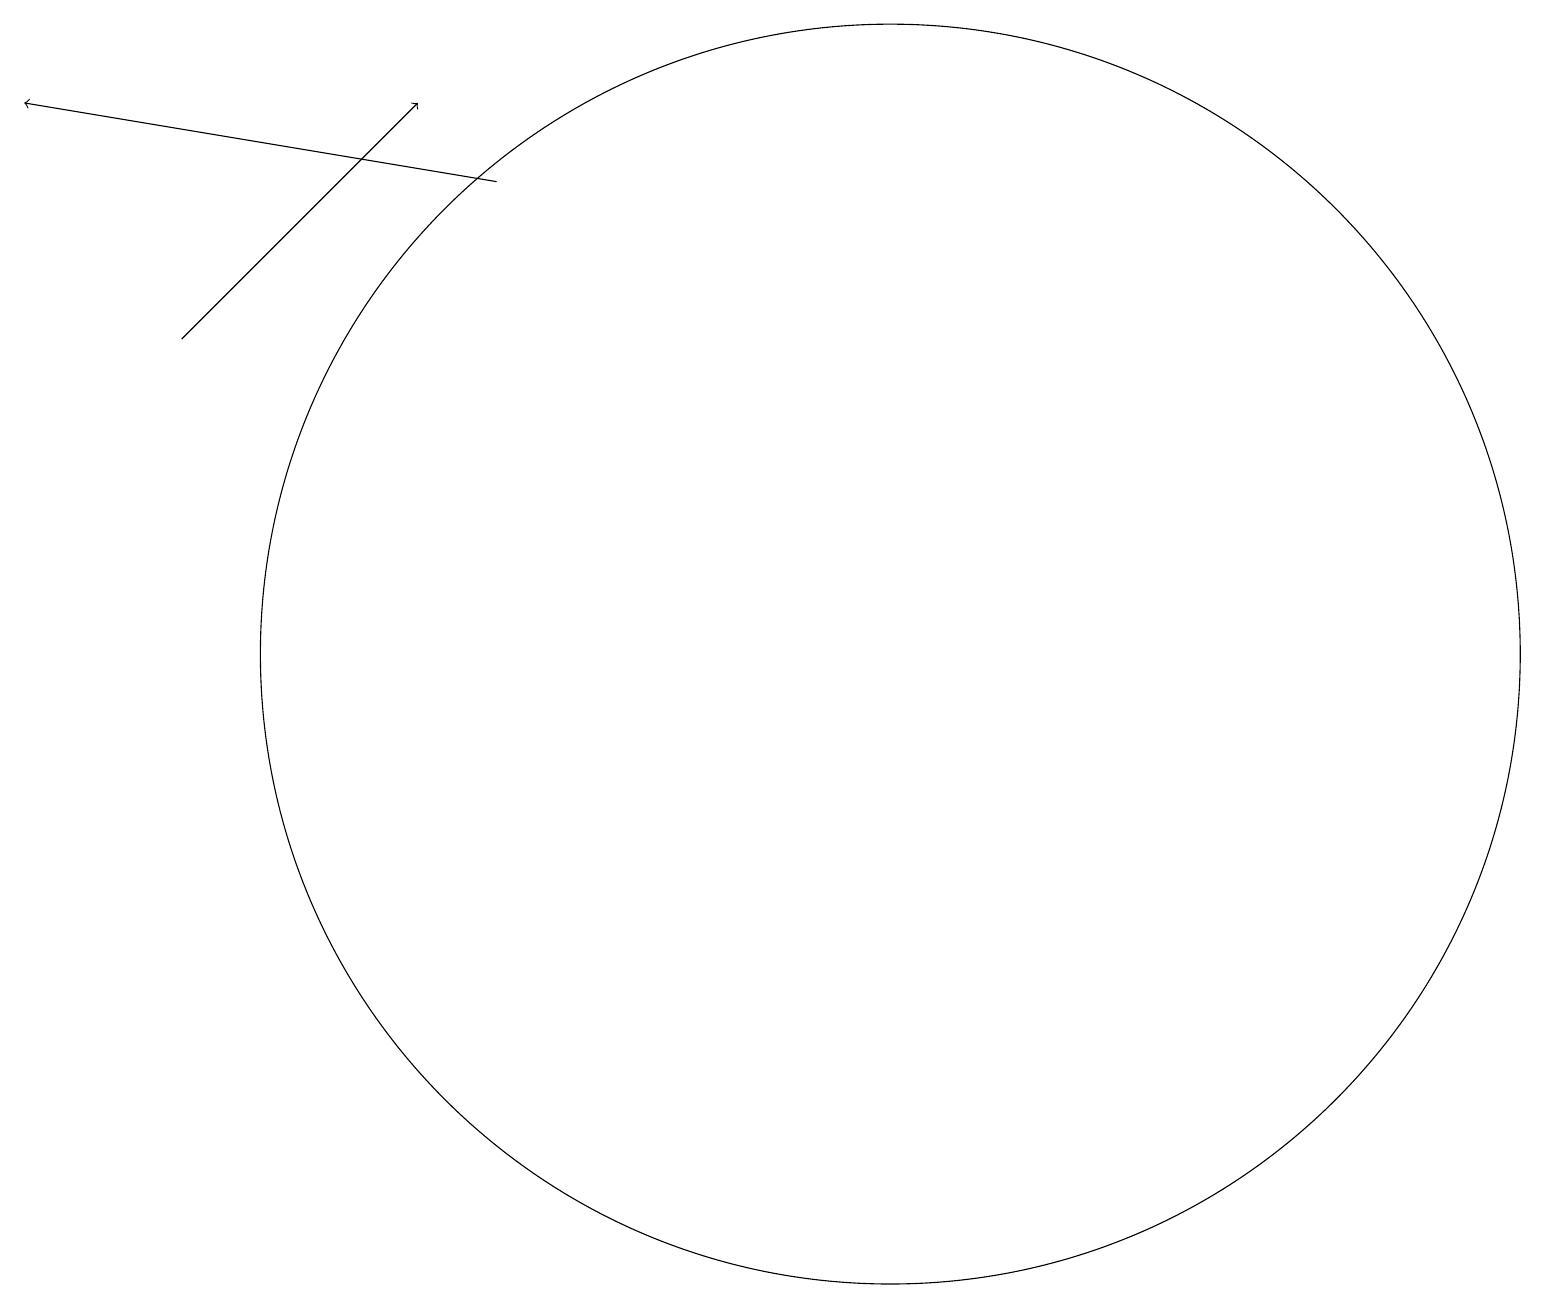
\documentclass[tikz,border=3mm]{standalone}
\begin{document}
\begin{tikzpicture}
\draw[->] (3,16) -- (6,19);
\draw (12,12) circle (8);
\draw[->] (7,18) -- (1,19);
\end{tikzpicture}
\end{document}